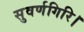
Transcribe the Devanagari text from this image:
सुवर्णगिरि।